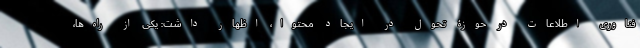
فناوری اطلاعات در حوزۀ تحول در ایجاد محتوا، اظهار داشت: یکی از راه‌ها،